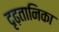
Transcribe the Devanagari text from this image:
दृढ़तानिका